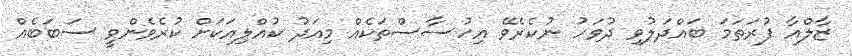
ޒާލްއާ ފުރަތަމަ ބައްދަލުވި ދުވަހު ނުކެރެވޭ އިހުސާސްތަކެއް މިއަދު ކުއްލިއަކަށް ކުރެވެންވީ ސަބަބެއް